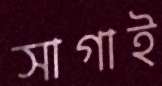
সাগাই